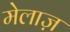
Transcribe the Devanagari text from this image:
मेलाज़